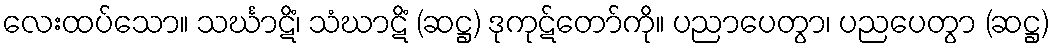
လေးထပ်သော။ သင်္ဃာဋိံ၊ သံဃာဋိံ (ဆဋ္ဌ) ဒုကုဋ်တော်ကို။ ပညာပေတွာ၊ ပညပေတွာ (ဆဋ္ဌ)